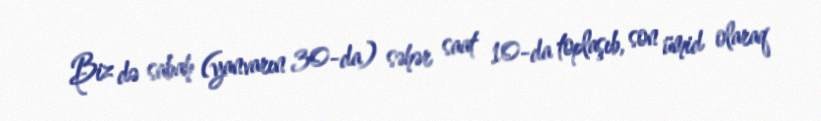
Biz də sabah (yanvarın 30-da) səhər saat 10-da toplaşıb, son ümid olaraq